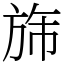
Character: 旆